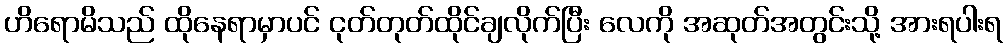
ဟိရောမိသည် ထိုနေရာမှာပင် ငုတ်တုတ်ထိုင်ချလိုက်ပြီး လေကို အဆုတ်အတွင်းသို့ အားရပါးရ